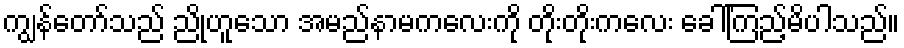
ကျွန်တော်သည် ညိုဟူသော အမည်နာမကလေးကို တိုးတိုးကလေး ခေါ်ကြည့်မိပါသည်။